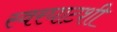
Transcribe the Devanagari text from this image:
स्वरघाटशी